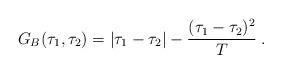
LaTeX: \begin{align*}G_B(\tau_1,\tau_2) = |\tau_1-\tau_2|-{(\tau_1-\tau_2)^2\over T}\;.\end{align*}